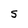
Character: S